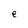
Character: e